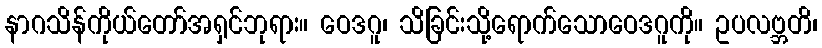
နာဂသိန်ကိုယ်တော်အရှင်ဘုရား။ ဝေဒဂူ၊ သိခြင်းသို့ရောက်သောဝေဒဂူကို။ ဥပလဗ္ဘတိ၊